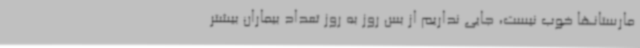
مارستانها خوب نیست، جایی نداریم از بس روز به روز تعداد بیماران بیشتر